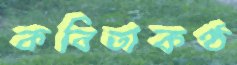
কবিতাকণ্ঠ